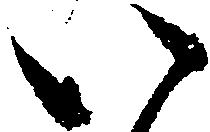
い